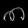
Digit: ၈